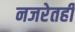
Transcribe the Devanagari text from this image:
नजरेतही